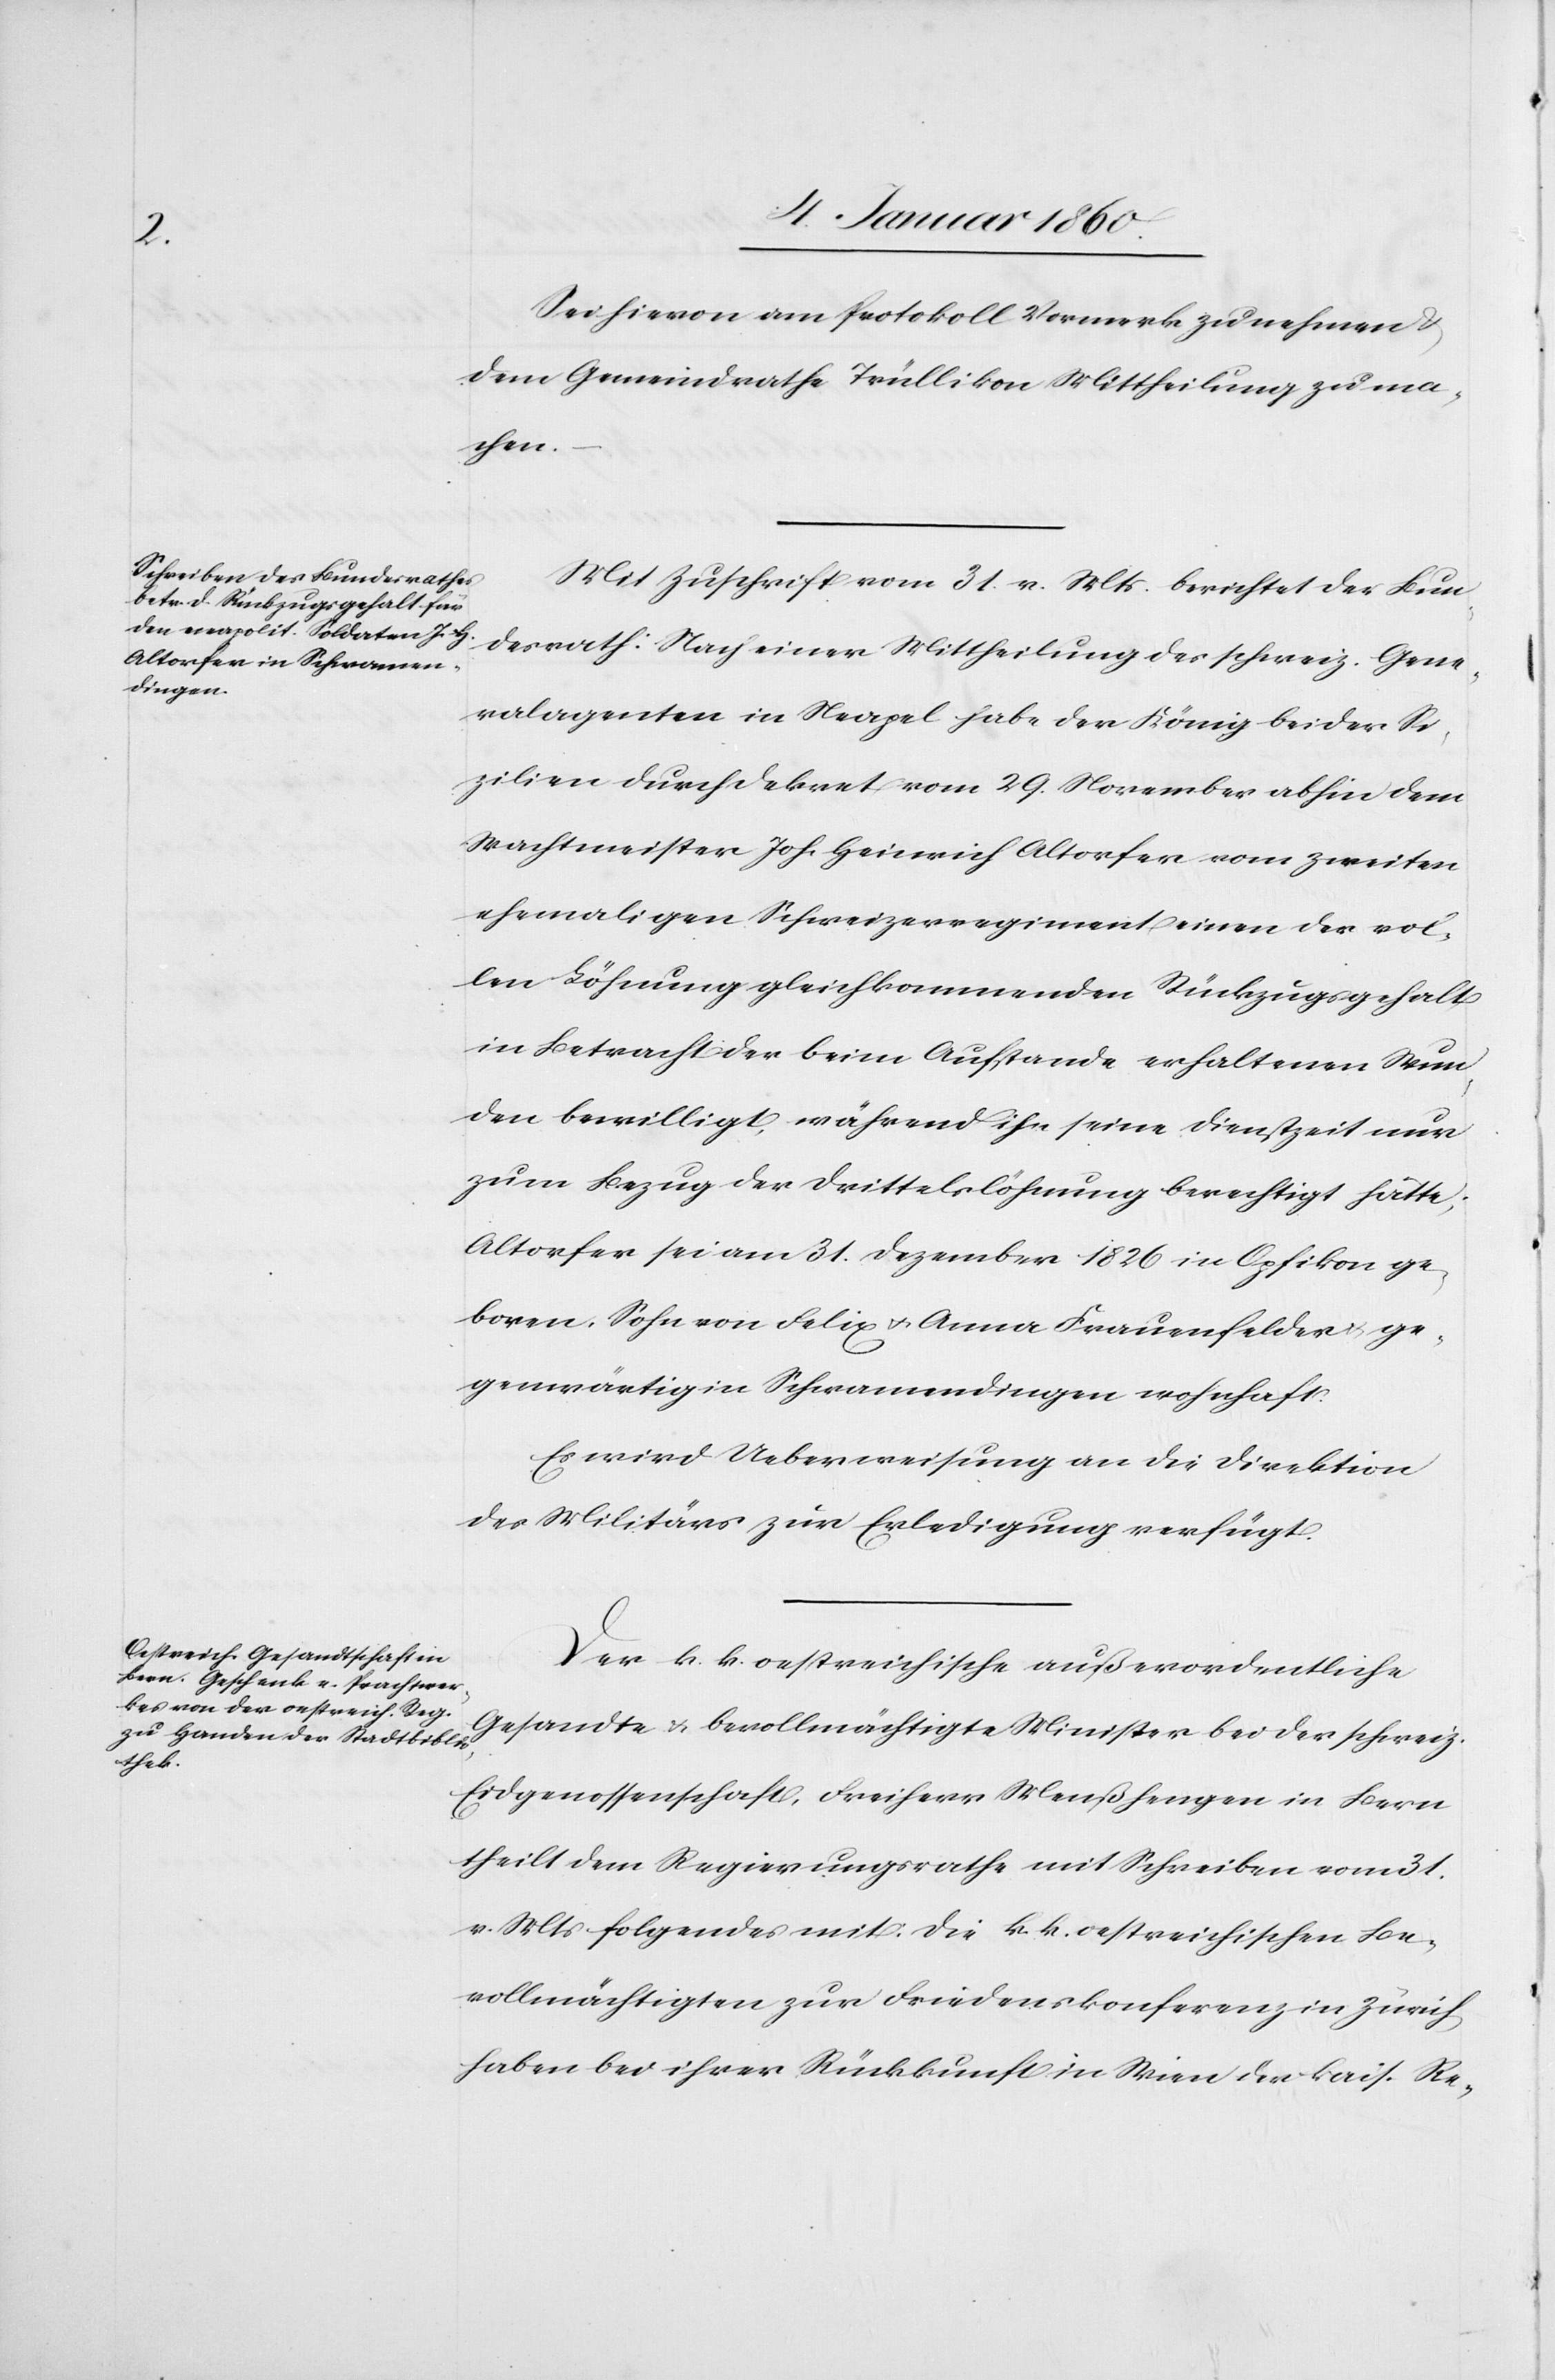
Sei hievon am Protokoll Vormerk zu nehmen u.
dem Gemeindrathe Trüllikon Mittheilung zu ma¬
chen.
Mit Zuschrift vom 31. v. Mts. berichtet der Bun¬
desrath: Nach einer Mittheilung der schweiz. Gene¬
ralagenten in Neapel habe der König beider Si¬
zilien durch Dekret vom 29. November abhin dem
Wachtmeister Joh. Heinrich Altorfer vom Zweiten
ehemaligen Referenzregiment einem der vol¬
len Löhnung gleichkommenden Rückzugsgehalt
in Betracht der beim Aufstande erhaltenen Stun¬
den bewilligt während ihn seine Dienstzeit nur
zum Bezug der Drittelrlöhnung [sic!] berechtigt hätte.
Altorfer sei am 31. Dezember 1826. in Opfikon ge¬
boren. Sohn von Felix u. Anna Frauenfelder ge¬
genwärtig in Schwammendingen wohnhaft.
Es wird Ueberweisung an die Direktion
der Militärs zur Erledigung verfügt.
Der k. k. oestreichische außerordentliche
Gesandte u. bevollmächtigte Minister bei der schweiz.
Eidgenossenschaft, Freiherr Menßhengen in Bern
theilt dem Regierungsrathe mit Schreiben vom 31.
v. Mts. folgendes mit: die k. k. oestreichischen Be¬
vollmächtigten zur Friedenskonferenz in Zürich
haben bei ihrer Rückkunft in Wien der kais. Re-